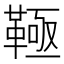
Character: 䩯